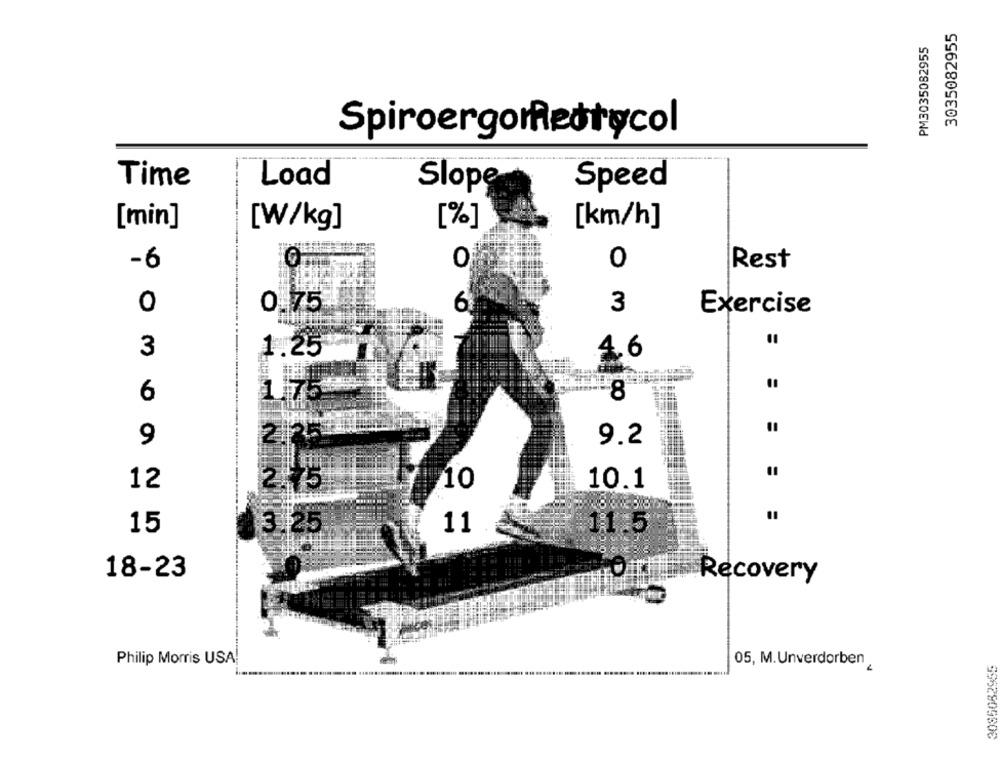
3035082955
PM3035082955
Spiroergomeatycol
Time
Load
Slope
Speed
[min]
[W/kg]
[%]
[km/h]
-6
0
0
Rest
0
0.75
6
3
Exercise
3
1.25
4.6
6
17
8
9
2125
9.2
12
10
10.1
2.75
15
11
11.5
18-23
Recovery
Philip Morris USA
05, M. Unverdorben
3085082955